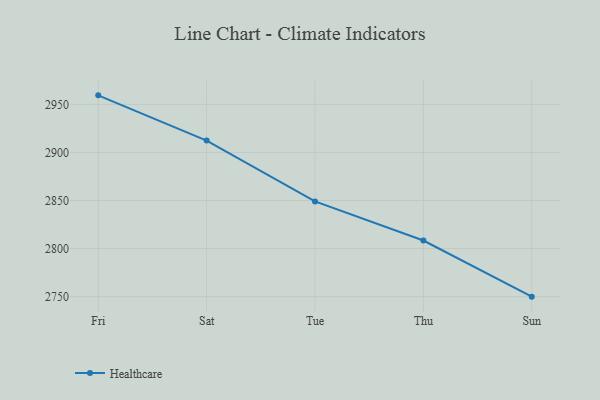
{"axis": {"x": "Day", "y": "Website Visitors"}, "legend": ["Healthcare"], "data": [{"x": "Fri", "y": 2959.4, "type": "Healthcare"}, {"x": "Sat", "y": 2912.4, "type": "Healthcare"}, {"x": "Tue", "y": 2849.1, "type": "Healthcare"}, {"x": "Thu", "y": 2808.4, "type": "Healthcare"}, {"x": "Sun", "y": 2750.0, "type": "Healthcare"}]}